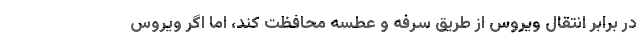
در برابر انتقال ویروس از طریق سرفه و عطسه محافظت کند، اما اگر ویروس